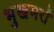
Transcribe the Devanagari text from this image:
भुखमरों